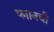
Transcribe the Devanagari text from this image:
प्लानची